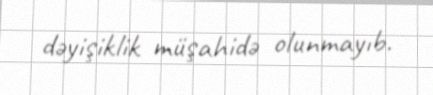
dəyişiklik müşahidə olunmayıb.